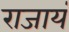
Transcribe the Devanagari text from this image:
राजायं